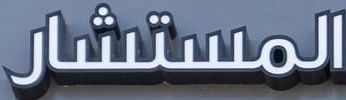
المستشار